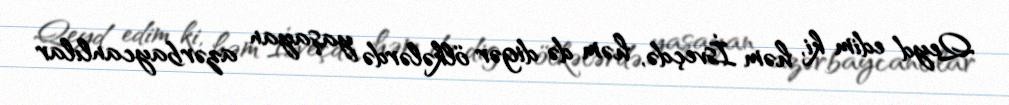
Qeyd edim ki, həm İsveçdə, həm də digər ölkələrdə yaşayan azərbaycanlılar